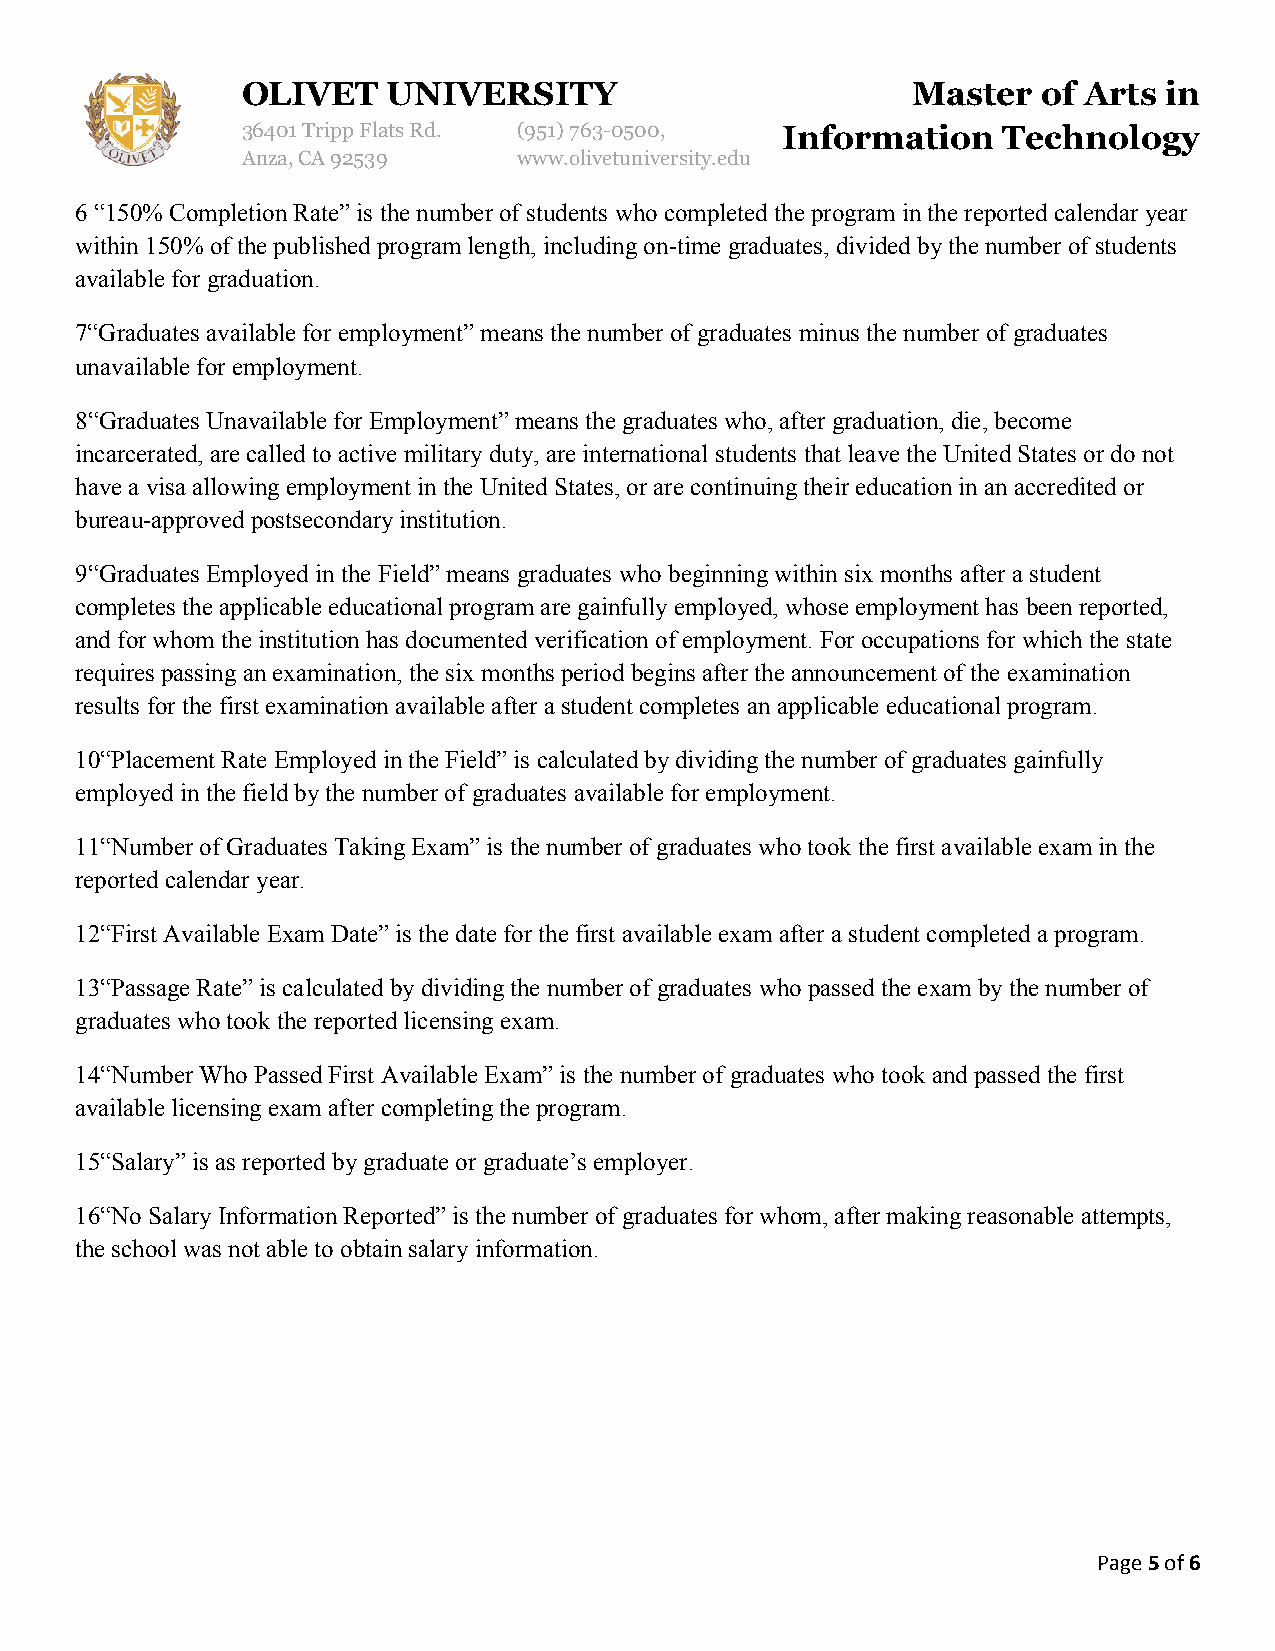
OLIVET    UNIVERSITY                        Master   of Arts in
 36401 Tripp Flats Rd. (951)763-0500, Information  Technology
 Anza, CA 92539    www.olivetuniversity.edu
 6 “150% Completion Rate” is the number of students who completed the program in the reported calendar year
 within 150% of the published program length, including on-time graduates, divided by the number of students
 available for graduation.
 7“Graduates available for employment” means the number of graduates minus the number of graduates
 unavailable for employment.
 8“Graduates Unavailable for Employment” means the graduates who, after graduation, die, become
 incarcerated, are called to active military duty, are international students that leave the United States or do not
 have a visa allowing employment in the United States, or are continuing their education in an accredited or
 bureau-approved postsecondary institution.
 9“Graduates Employed in the Field” means graduates who beginning within six months after a student
 completes the applicable educational program are gainfully employed, whose employment has been reported,
 and for whom the institution has documented verification of employment. For occupations for which the state
 requires passing an examination, the six months period begins after the announcement of the examination
 results for the first examination available after a student completes an applicable educational program.
 10“Placement Rate Employed in the Field” is calculated by dividing the number of graduates gainfully
 employed in the field by the number of graduates available for employment.
 11“Number of Graduates Taking Exam” is the number of graduates who took the first available exam in the
 reported calendar year.
 12“First Available Exam Date” is the date for the first available exam after a student completed a program.
 13“Passage Rate” is calculated by dividing the number of graduates who passed the exam by the number of
 graduates who took the reported licensing exam.
 14“Number Who Passed First Available Exam” is the number of graduates who took and passed the first
 available licensing exam after completing the program.
 15“Salary” is as reported by graduate or graduate’s employer.
 16“No Salary Information Reported” is the number of graduates for whom, after making reasonable attempts,
 the school was not able to obtain salary information.
 Page 5 of 6